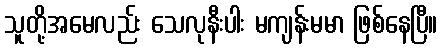
သူတို့အမေလည်း သေလုနီးပါး မကျန်းမမာ ဖြစ်နေပြီ။